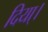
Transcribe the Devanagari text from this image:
दिया्।